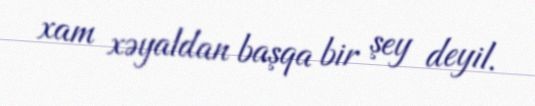
xam xəyaldan başqa bir şey deyil.